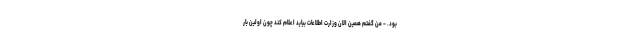
بود. - من گفتم همین الان وزارت اطلاعات بیاید اعلام کند چون اولین بار